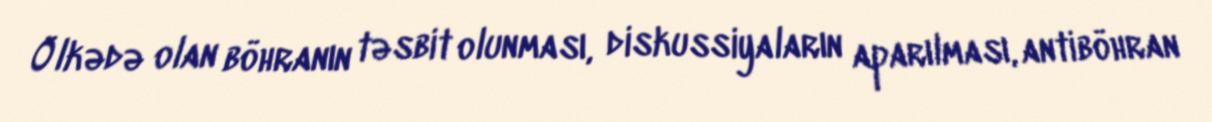
Ölkədə olan böhranın təsbit olunması, diskussiyaların aparılması, antiböhran